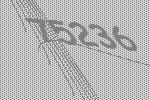
75236